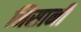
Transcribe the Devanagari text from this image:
निसानी